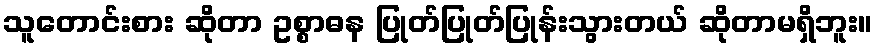
သူတောင်းစား ဆိုတာ ဥစ္စာဓန ပြုတ်ပြုတ်ပြုန်းသွားတယ် ဆိုတာမရှိဘူး။